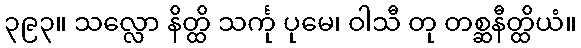
၃၉၃။ သလ္လော နိတ္ထိ သင်္ကု ပုမေ၊ ဝါသီ တု တစ္ဆနီတ္ထိယံ။